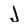
Character: J